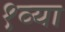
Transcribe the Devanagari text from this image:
१व्या